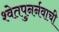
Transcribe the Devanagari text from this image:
श्वेतपुनर्नवाची